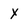
Character: x